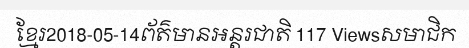
ខ្មែរ2018-05-14ព័ត៌មានអន្តរជាតិ 117 Viewsសមាជិក